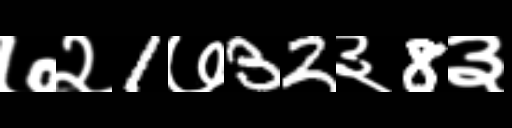
Text: ७२1७32३8३